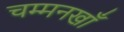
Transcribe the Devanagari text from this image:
चम्मनखाँ